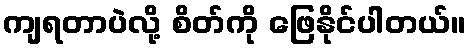
ကျရတာပဲလို့ စိတ်ကို ဖြေနိုင်ပါတယ်။